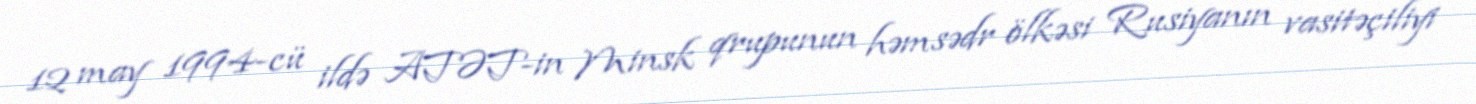
12 may 1994-cü ildə ATƏT-in Minsk qrupunun həmsədr ölkəsi Rusiyanın vasitəçiliyi